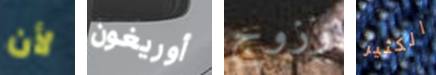
لأن أوريغون وزوج الكثير